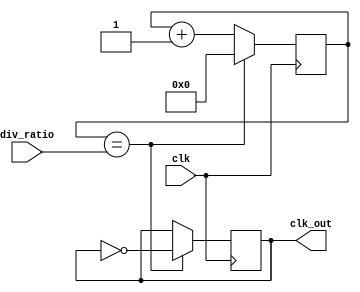
module clock_divider(
    input wire clk,            // Input clock
    input wire [7:0] div_ratio, // Input division ratio
    output reg clk_out         // Output clock
);

reg [7:0] counter;             // Counter to keep track of clock cycles

always @(posedge clk) begin
    if (counter == div_ratio) begin
        counter <= 0;
        clk_out <= ~clk_out;    // Invert the output clock signal
    end else begin
        counter <= counter + 1;
    end
end

endmodule